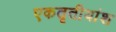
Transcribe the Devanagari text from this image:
एकतृतीयांश